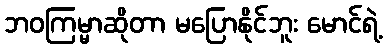
ဘဝကြမ္မာဆိုတာ မပြောနိုင်ဘူး မောင်ရဲ့